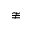
\ncong